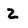
Character: 2